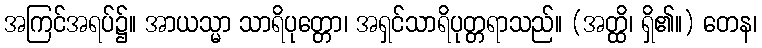
အကြင်အရပ်၌။ အာယသ္မာ သာရိပုတ္တော၊ အရှင်သာရိပုတ္တရာသည်။ (အတ္ထိ၊ ရှိ၏။) တေန၊